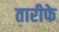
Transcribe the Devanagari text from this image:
तारीफे